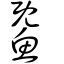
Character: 鱀